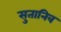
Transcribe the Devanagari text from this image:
सुतानिव